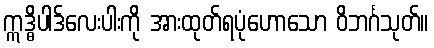
ဣဒ္ဓိပါဒ်လေးပါးကို အားထုတ်ရပုံဟောသော ဝိဘင်္ဂသုတ်။